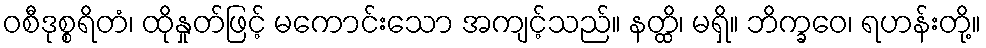
ဝစီဒုစ္စရိတံ၊ ထိုနှုတ်ဖြင့် မကောင်းသော အကျင့်သည်။ နတ္ထိ၊ မရှိ။ ဘိက္ခဝေ၊ ရဟန်းတို့။